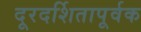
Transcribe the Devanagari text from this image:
दूरदर्शितापूर्वक